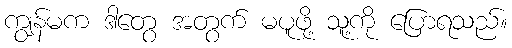
ကျွန်မက ဒါတွေ အတွက် မပူဖို့ သူ့ကို ပြောရသည်။